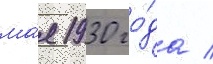
ма́я 1930 го́да /